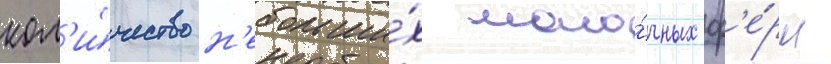
кол'и́чество н'ебольши́х моло́чных ф'е́рм